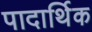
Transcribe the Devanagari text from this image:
पादार्थिक